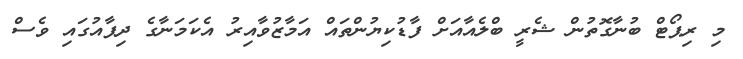
މި ރިޕޯޓް ބުނާގޮތުން ޝެރީ ބްލެއާއަށް ފާޑުކިޔުންތައް އަމާޒުވާއިރު އެކަމަނާގެ ދިފާއުގައި ވެސް